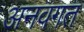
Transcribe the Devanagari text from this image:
अनवगत